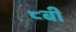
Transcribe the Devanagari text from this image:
८बी